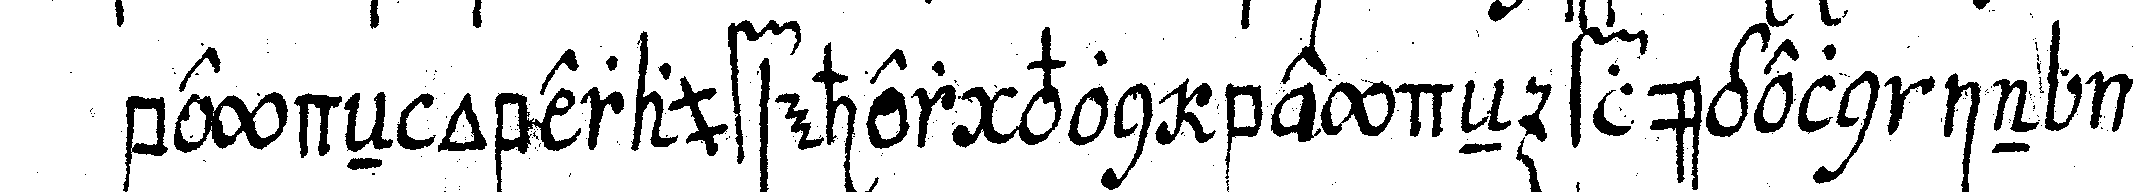
beydeN oberaufseher von beydeN flügeln in we